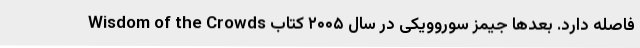
فاصله دارد. بعدها جیمز سوروویکی در سال ۲۰۰۵ کتاب Wisdom of the Crowds